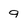
Character: 9